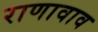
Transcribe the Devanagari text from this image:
राणावाव